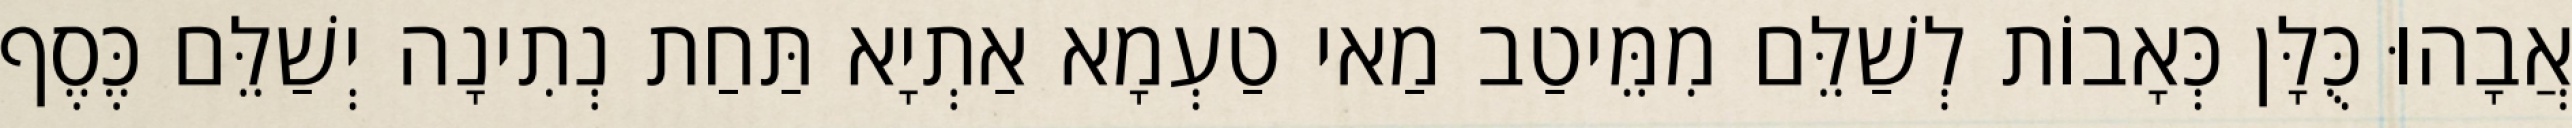
אֲבָהוּ כֻּלָּן כְּאָבוֹת לְשַׁלֵּם מִמֵּיטַב מַאי טַעְמָא אַתְיָא תַּחַת נְתִינָה יְשַׁלֵּם כֶּסֶף